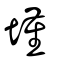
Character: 墐